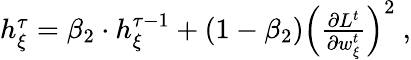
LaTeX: \begin{array}{r}{h_{\xi}^{\tau}=\beta_{2}\cdot h_{\xi}^{\tau-1}+\left(1-\beta_{2}\right)\left(\frac{\partial L^{t}}{\partial w_{\xi}^{t}}\right)^{2}\ ,}\end{array}